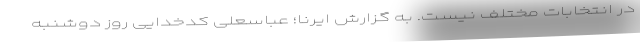
در انتخابات مختلف نیست. به گزارش ایرنا؛ عباسعلی کدخدایی روز دوشنبه